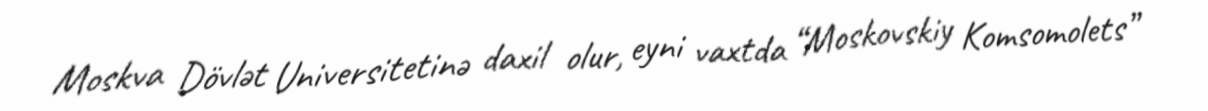
Moskva Dövlət Universitetinə daxil olur, eyni vaxtda “Moskovskiy Komsomolets”